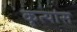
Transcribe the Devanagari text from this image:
कृत्यांस